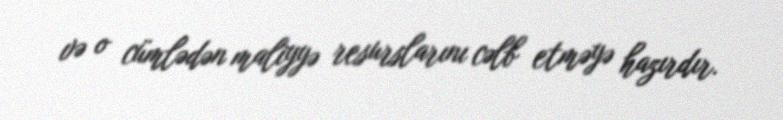
və o cümlədən maliyyə resurslarını cəlb etməyə hazırdır.